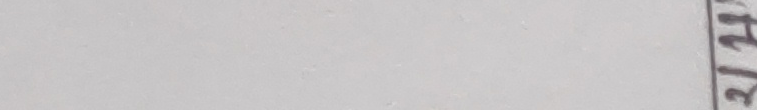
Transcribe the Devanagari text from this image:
बघ३